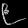
Digit: ၉